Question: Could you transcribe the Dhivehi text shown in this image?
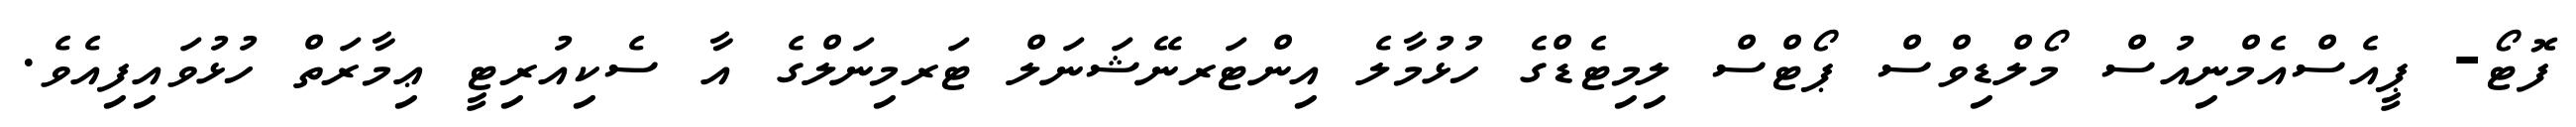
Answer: ފޮޓޯ- ޕީއެސްއެމްނިއުސް މޯލްޑިވްސް ޕޯޓްސް ލިމިޓެޑްގެ ހުޅުމާލެ އިންޓަރނޭޝަނަލް ޓަރމިނަލްގެ އާ ސެކިއުރިޓީ ޢިމާރަތް ހުޅުވައިފިއެވެ.